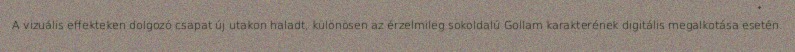
A vizuális effekteken dolgozó csapat új utakon haladt, különösen az érzelmileg sokoldalú Gollam karakterének digitális megalkotása esetén.